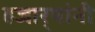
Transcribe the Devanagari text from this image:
हजार्‍यांनी